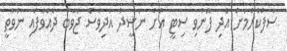
ސާފުކުރުމަށް އެދި ފޮނުވި ސިޓީ އަށް ނަޝީދު އަދިވެސް ޖަވާބު ދެއްވާފައި ނުވާތީ